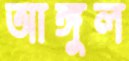
আঙ্গুল